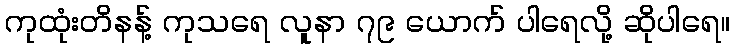
ကုထုံးတိနန့် ကုသရေ လူနာ ၇၉ ယောက် ပါရေလို့ ဆိုပါရေ။